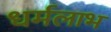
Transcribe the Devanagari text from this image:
धर्मलाभ